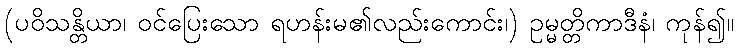
(ပဝိသန္တိယာ၊ ဝင်ပြေးသော ရဟန်းမ၏လည်းကောင်း၊) ဥမ္မတ္တိကာဒီနံ၊ ကုန်၍။